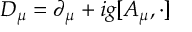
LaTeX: D _ { \mu } = \partial _ { \mu } + i g [ A _ { \mu } , \cdot ]